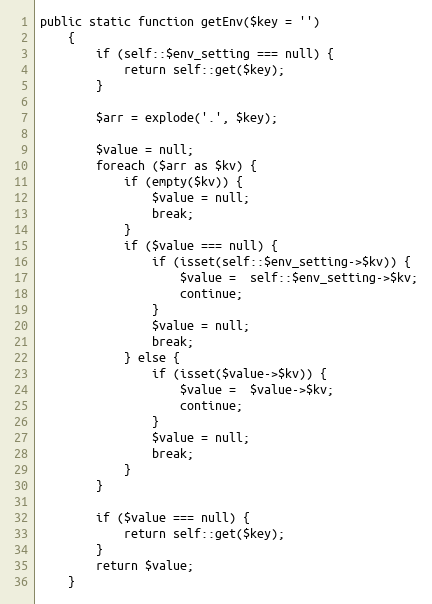
Language: PHP
public static function getEnv($key = '')
    {
        if (self::$env_setting === null) {
            return self::get($key);
        }

        $arr = explode('.', $key);

        $value = null;
        foreach ($arr as $kv) {
            if (empty($kv)) {
                $value = null;
                break;
            }
            if ($value === null) {
                if (isset(self::$env_setting->$kv)) {
                    $value =  self::$env_setting->$kv;
                    continue;
                }
                $value = null;
                break;
            } else {
                if (isset($value->$kv)) {
                    $value =  $value->$kv;
                    continue;
                }
                $value = null;
                break;
            }
        }

        if ($value === null) {
            return self::get($key);
        }
        return $value;
    }